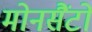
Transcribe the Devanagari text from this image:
मोनसैंटो